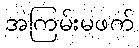
အကြမ်းမဖက်